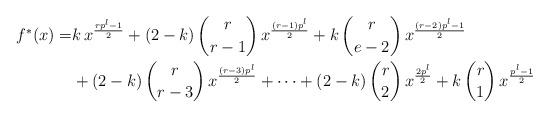
LaTeX: \begin{align*}f^*(x)= &k\,x^{\frac{rp^l-1}{2}}+(2-k)\,\binom{r}{r-1}\,x^{\frac{(r-1)p^l}{2}}+k\,\binom{r}{e-2}\,x^{\frac{(r-2)p^l-1}{2}}\cr& +(2-k)\,\binom{r}{r-3}\,x^{\frac{(r-3) p^l}{2}}+\cdots+(2-k)\,\binom{r}{2}\,x^{\frac{2p^l}{2}}+k\,\binom{r}{1}\,x^{\frac{p^l-1}{2}}\end{align*}